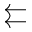
\leftleftarrows